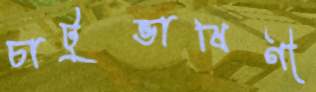
চাটুভাষিণী